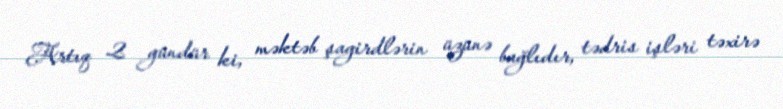
Artıq 2 gündür ki, məktəb şagirdlərin üzünə bağlıdır, tədris işləri təxirə